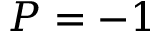
P = - 1